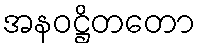
အနဝဋ္ဌိတတော